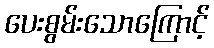
ပေးစွမ်းသောကြောင့်